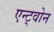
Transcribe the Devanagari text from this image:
एन्ट्वोन